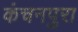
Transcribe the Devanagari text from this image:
कंचनपुरा